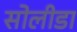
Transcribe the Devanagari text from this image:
सोलीडा